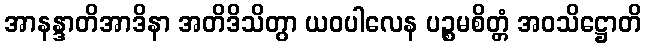
အာနန္ဒာတိအာဒိနာ အတိဒိသိတွာ ယဝပါလေန ပဉ္စမစိတ္တံ အဝသိဋ္ဌောတိ